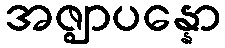
အဇ္ဈာပန္နော